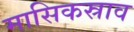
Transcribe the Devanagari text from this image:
मासिकस्राव